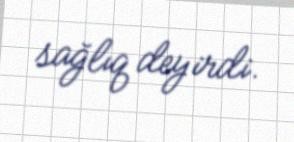
sağlıq deyirdi.